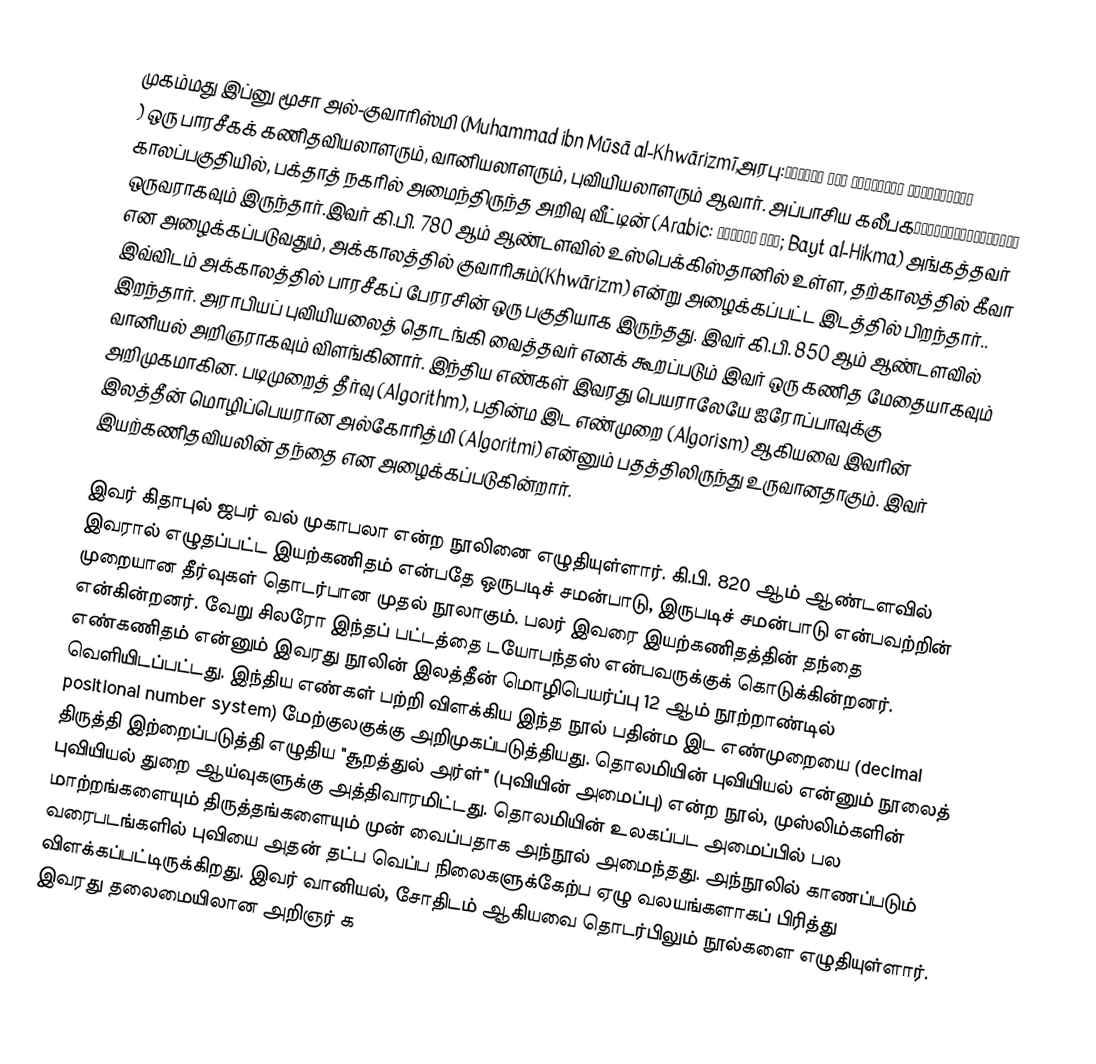
முகம்மது இப்னு மூசா அல்-குவாரிஸ்மி (Muhammad ibn Mūsā al-Khwārizmī,அரபு:عَبْدَالله مُحَمَّد بِن مُوسَى اَلْخْوَارِزْمِي) ஒரு பாரசீகக் கணிதவியலாளரும், வானியலாளரும், புவியியலாளரும் ஆவார். அப்பாசிய கலீபக காலப்பகுதியில், பக்தாத் நகரில் அமைந்திருந்த அறிவு வீட்டின் (Arabic: بيت الحكمة; Bayt al-Hikma) அங்கத்தவர் ஒருவராகவும் இருந்தார்.இவர் கி.பி. 780 ஆம் ஆண்டளவில் உஸ்பெக்கிஸ்தானில் உள்ள, தற்காலத்தில் கீவா என அழைக்கப்படுவதும், அக்காலத்தில் குவாரிசும்(Khwārizm) என்று அழைக்கப்பட்ட இடத்தில் பிறந்தார்.. இவ்விடம் அக்காலத்தில் பாரசீகப் பேரரசின் ஒரு பகுதியாக இருந்தது. இவர் கி.பி. 850 ஆம் ஆண்டளவில் இறந்தார். அராபியப் புவியியலைத் தொடங்கி வைத்தவர் எனக் கூறப்படும் இவர் ஒரு கணித மேதையாகவும் வானியல் அறிஞராகவும் விளங்கினார். இந்திய எண்கள் இவரது பெயராலேயே ஐரோப்பாவுக்கு அறிமுகமாகின. படிமுறைத் தீர்வு (Algorithm), பதின்ம இட எண்முறை (Algorism) ஆகியவை இவரின் இலத்தீன் மொழிப்பெயரான அல்கோரித்மி (Algoritmi) என்னும் பதத்திலிருந்து உருவானதாகும். இவர் இயற்கணிதவியலின் தந்தை என அழைக்கப்படுகின்றார்.

இவர் கிதாபுல் ஜபர் வல் முகாபலா என்ற நூலினை எழுதியுள்ளார். கி.பி. 820 ஆம் ஆண்டளவில் இவரால் எழுதப்பட்ட இயற்கணிதம் என்பதே ஒருபடிச் சமன்பாடு, இருபடிச் சமன்பாடு என்பவற்றின் முறையான தீர்வுகள் தொடர்பான முதல் நூலாகும். பலர் இவரை இயற்கணிதத்தின் தந்தை என்கின்றனர். வேறு சிலரோ இந்தப் பட்டத்தை டயோபந்தஸ் என்பவருக்குக் கொடுக்கின்றனர். எண்கணிதம் என்னும் இவரது நூலின் இலத்தீன் மொழிபெயர்ப்பு 12 ஆம் நூற்றாண்டில் வெளியிடப்பட்டது. இந்திய எண்கள் பற்றி விளக்கிய இந்த நூல் பதின்ம இட எண்முறையை (decimal positional number system) மேற்குலகுக்கு அறிமுகப்படுத்தியது. தொலமியின் புவியியல் என்னும் நூலைத் திருத்தி இற்றைப்படுத்தி எழுதிய "சூறத்துல் அர்ள்" (புவியின் அமைப்பு) என்ற நூல், முஸ்லிம்களின் புவியியல் துறை ஆய்வுகளுக்கு அத்திவாரமிட்டது. தொலமியின் உலகப்பட அமைப்பில் பல மாற்றங்களையும் திருத்தங்களையும் முன் வைப்பதாக அந்நூல் அமைந்தது. அந்நூலில் காணப்படும் வரைபடங்களில் புவியை அதன் தட்ப வெப்ப நிலைகளுக்கேற்ப ஏழு வலயங்களாகப் பிரித்து விளக்கப்பட்டிருக்கிறது.  இவர் வானியல், சோதிடம் ஆகியவை தொடர்பிலும் நூல்களை எழுதியுள்ளார். இவரது தலைமையிலான அறிஞர் க